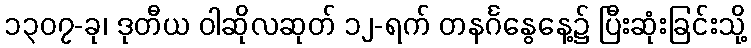
၁၃၀၇-ခု၊ ဒုတီယ ဝါဆိုလဆုတ် ၁၂-ရက် တနင်္ဂနွေနေ့၌ ပြီးဆုံးခြင်းသို့